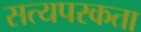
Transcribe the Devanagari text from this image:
सत्यपरकता